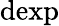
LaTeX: \mathrm{dexp}